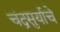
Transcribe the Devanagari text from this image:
चंद्रसुर्याचे